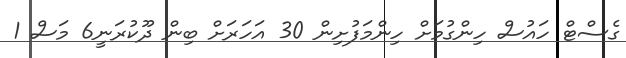
ގެސްޓް ހައުސް ހިންގުމަށް ހިންމަފުށިން 30 އަހަރަށް ބިން ދޫކުރަނީ6 މަސް 1